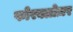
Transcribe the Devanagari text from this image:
फोरक्लोज़र